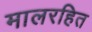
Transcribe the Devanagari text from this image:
मालरहित